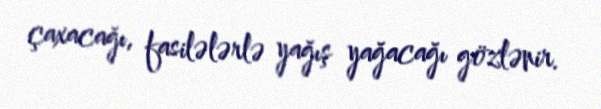
çaxacağı, fasilələrlə yağış yağacağı gözlənir.